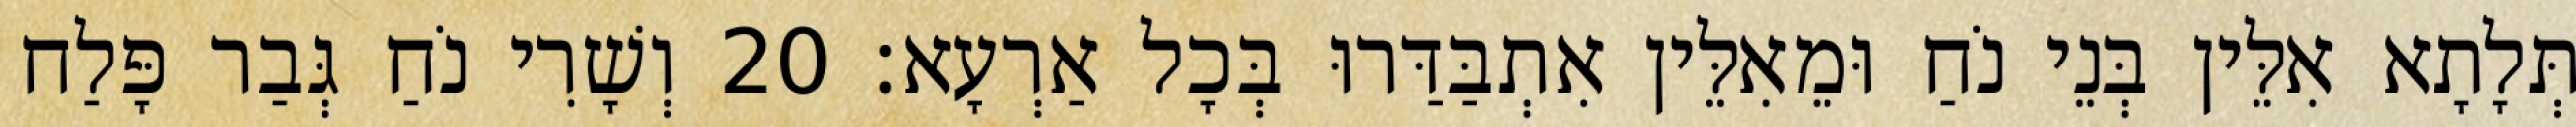
תְּלָתָא אִלֵּין בְּנֵי נֹחַ וּמֵאִלֵּין אִתְבַּדַּרוּ בְּכָל אַרְעָא׃ 20 וְשָׁרִי נֹחַ גְּבַר פָּלַח